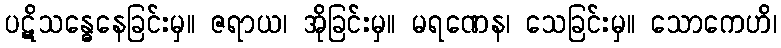
ပဋိသန္ဓေနေခြင်းမှ။ ဇရာယ၊ အိုခြင်းမှ။ မရဏေန၊ သေခြင်းမှ။ သောကေဟိ၊